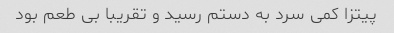
پیتزا کمی سرد به دستم رسید و تقریبا بی طعم بود